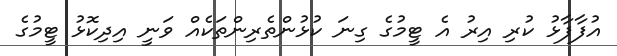
އުފާފާޅު ކުރި އިރު އެ ޓީމުގެ ގިނަ ކުޅުންތެރިންތަކެއް ވަނީ އިދިކޮޅު ޓީމުގެ